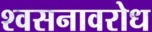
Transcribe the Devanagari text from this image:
श्वसनावरोध